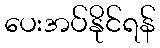
ပေးအပ်နိုင်ရန်